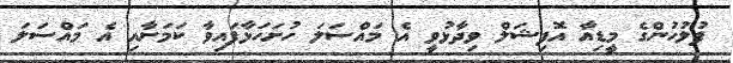
ފުލުހުންގެ މީޑިއާ އޮފިޝަލް ވިދާޅުވީ އެ މައްސަލަ ހުށަހަޅާފައިވާ ކަމަށާއި އެ މައްސަލަ